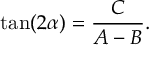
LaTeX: \tan ( 2 \alpha ) = { \frac { C } { A - B } } .